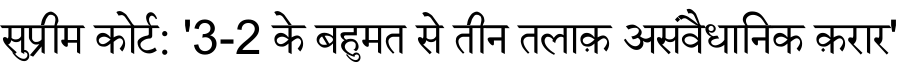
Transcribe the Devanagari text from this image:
सुप्रीम कोर्ट: '3-2 के बहुमत से तीन तलाक़ असंवैधानिक क़रार'